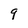
Character: 9